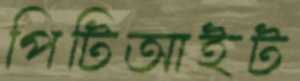
পিটিআইট